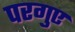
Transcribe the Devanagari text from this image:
परगुए